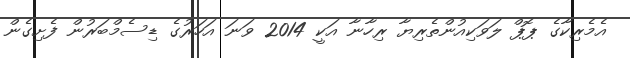
އެމެރިކާގެ ޕޮޕް ލަވަކިއުންތެރިޔާ ރިހާނާ އަކީ 2014 ވަނަ އަހަރުގެ ޑިސެމްބަރުން ފެށިގެން